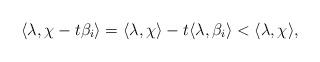
LaTeX: \begin{align*}\langle \lambda, \chi - t \beta_i \rangle = \langle \lambda, \chi \rangle - t \langle \lambda, \beta_i \rangle < \langle \lambda, \chi \rangle,\end{align*}